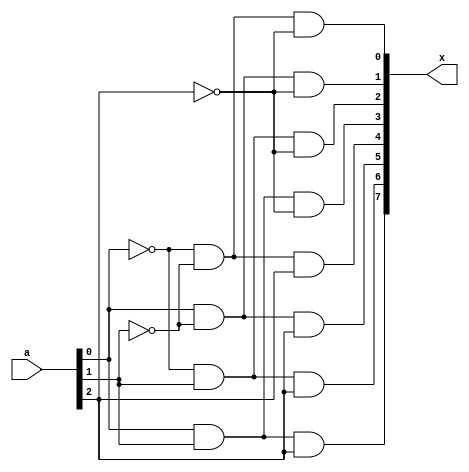
/*
===================================================================
Project Name    : 
File Name       : 2_1.v
Encoding        : UTF-8
Creation Date   : 2021/4/22
===================================================================
*/

module decoder(a, x);

	input [2:0]a;
	output [7:0]x;

	and(x[0], ~a[0], ~a[1], ~a[2]);
	and(x[1],  a[0], ~a[1], ~a[2]);
	and(x[2], ~a[0],  a[1], ~a[2]);
	and(x[3],  a[0],  a[1], ~a[2]);
	and(x[4], ~a[0], ~a[1],  a[2]);
	and(x[5],  a[0], ~a[1],  a[2]);
	and(x[6], ~a[0],  a[1],  a[2]);
	and(x[7],  a[0],  a[1],  a[2]);

endmodule